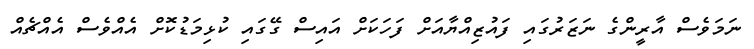
ނަމަވެސް އާރީންގެ ނަޒަރުގައި ފައުޒިއްޔާއަށް ފަހަކަށް އައިސް ގޭގައި ކުޅިމަޑުކޮށް އެއްވެސް އެއްޗެއް